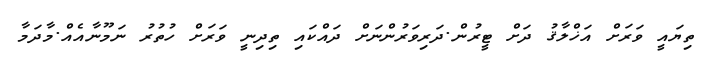
ތިޔައީ ވަރަށް އަޚްލާޤު ދަށް ޓީރުން.ދަރިވަރުންނަށް ދައްކައި ތިދިނީ ވަރަށް ހުތުރު ނަމޫނާއެއް.މާދަމާ